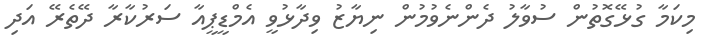
މިކަމާ ގުޅޭގޮތުން ސުވާލު ދެންނެވުމުން ނިޔާޒު ވިދާޅުވީ އެމްޑީޕީއާ ސަރުކާރާ ދޭތެރޭ އަދި